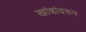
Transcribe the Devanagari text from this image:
खांबांवरून